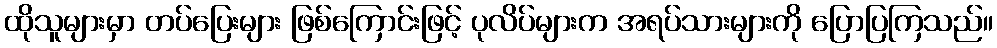
ထိုသူများမှာ တပ်ပြေးများ ဖြစ်ကြောင်းဖြင့် ပုလိပ်များက အရပ်သားများကို ပြောပြကြသည်။